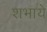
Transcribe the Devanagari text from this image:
शभाये